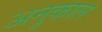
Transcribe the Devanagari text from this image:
अनुकाल